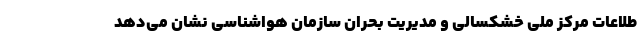
طلاعات مرکز ملی خشکسالی و مدیریت بحران سازمان هواشناسی نشان می‌دهد